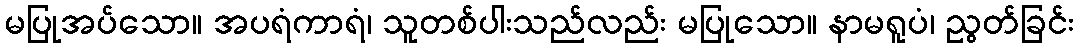
မပြုအပ်သော။ အပရံကာရံ၊ သူတစ်ပါးသည်လည်း မပြုသော။ နာမရူပံ၊ ညွတ်ခြင်း